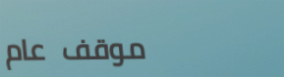
موقف عام